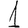
Digit: 1